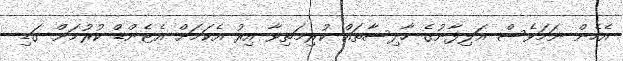
އެހެން ނަމަވެސް އަލިފާނުގެ ހާދިސާތައް ކުރިމަތިވާ އިރު އެކަމަށް އެޓެންޑް ކުރުމަށް ގަޑި